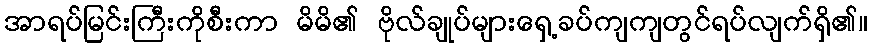
အာရပ်မြင်းကြီးကိုစီးကာ မိမိ၏ ဗိုလ်ချုပ်များရှေ့ခပ်ကျကျတွင်ရပ်လျက်ရှိ၏။